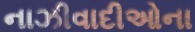
નાઝીવાદીઓના